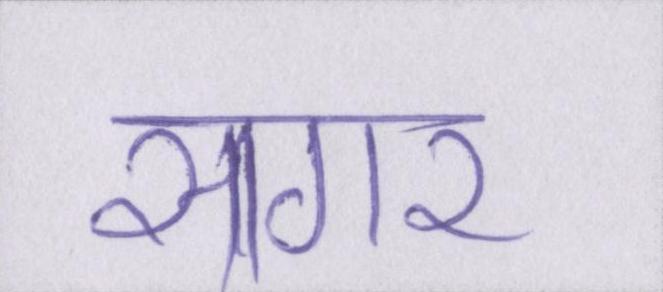
सागर